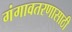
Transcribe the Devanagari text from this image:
गंगावतरणासाठी